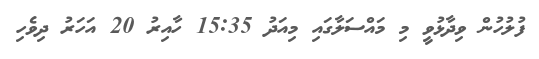
ފުލުހުން ވިދާޅުވީ މި މައްސަލާގައި މިއަދު 15:35 ހާއިރު 20 އަހަރު ދިވެހި